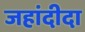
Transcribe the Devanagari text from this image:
जहांदीदा